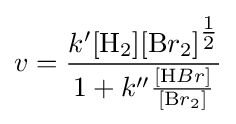
v={\frac {k'[{\ce {H}}_{2}][{\ce {B}}r_{2}]^{\tfrac {1}{2}}}{1+k''{\frac {[{\ce {H}}Br]}{[{\ce {B}}r_{2}]}}}}